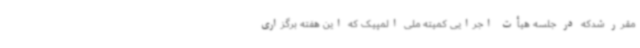
مقرر شدکه در جلسه هیأت اجرایی کمیته ملی المپیک که این هفته برگزاری